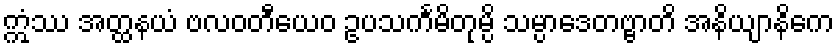
ဣံဿ အတ္ထနယံ ဗလဝတီယေဝ ဥပသင်္ကမိတုမ္ပိ သမ္ပာဒေတဗ္ဗာတိ အနိယျာနိကေ